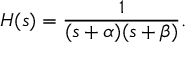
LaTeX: H ( s ) = { \frac { 1 } { ( s + \alpha ) ( s + \beta ) } } .